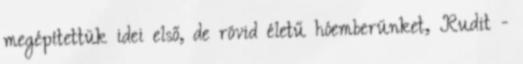
megépítettük idei első, de rövid életű hóemberünket, Rudit -